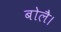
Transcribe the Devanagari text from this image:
बोलै।